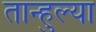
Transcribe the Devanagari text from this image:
तान्हुल्या